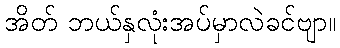
အိတ် ဘယ်နှလုံးအပ်မှာလဲခင်ဗျာ။